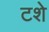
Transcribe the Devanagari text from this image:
टशे